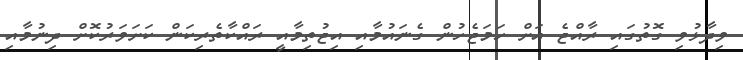
ވިދާޅުވި ގޮތުގައި ރާއްޖެ އަށް ހަމަޖެހުން ގެނައުމާއި އިޖުތިމާއީ ރައްކާތެރިކަން ކަށަވަރުކޮށް ދިނުމާއި